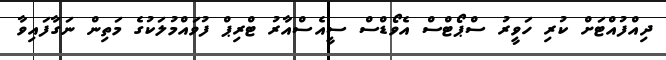
ދިއްފުއްޓަށް ކުރި ހަވީރު ސްޕޯޓްސް އެވޯޑްސް ސީއެސްއާރު ޓްރިޕް ފުވައްމުލަކުގެ މަތިން ނަގާފައިވާ